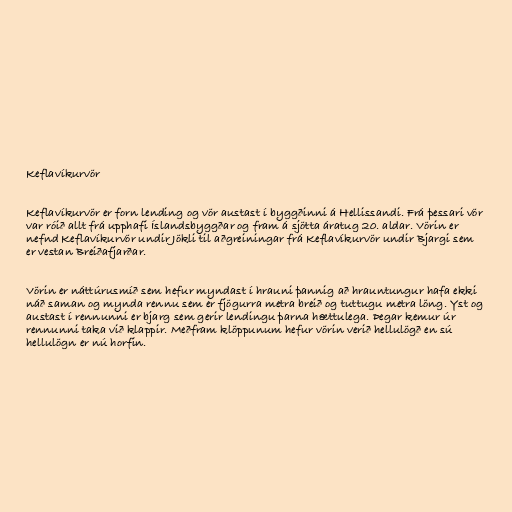
Keflavíkurvör

Keflavíkurvör er forn lending og vör austast í byggðinni á Hellissandi. Frá þessari vör
var róið allt frá upphafi Íslandsbyggðar og fram á sjötta áratug 20. aldar. Vörin er
nefnd Keflavíkurvör undir Jökli til aðgreiningar frá Keflavíkurvör undir Bjargi sem
er vestan Breiðafjarðar.

Vörin er náttúrusmíð sem hefur myndast í hrauni þannig að hrauntungur hafa ekki
náð saman og mynda rennu sem er fjögurra metra breið og tuttugu metra löng. Yst og
austast í rennunni er bjarg sem gerir lendingu þarna hættulega. Þegar kemur úr
rennunni taka við klappir. Meðfram klöppunum hefur vörin verið hellulögð en sú
hellulögn er nú horfin.